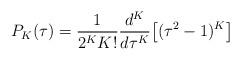
LaTeX: \begin{align*}P_K(\tau) = \frac{1}{2^KK!}\frac{d^K}{d\tau^K}\big[(\tau^2-1)^K \big] \end{align*}